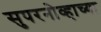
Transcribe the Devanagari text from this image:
सुपरनोव्हाच्या